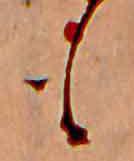
も